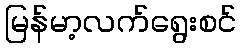
မြန်မာ့လက်ရွေးစင်